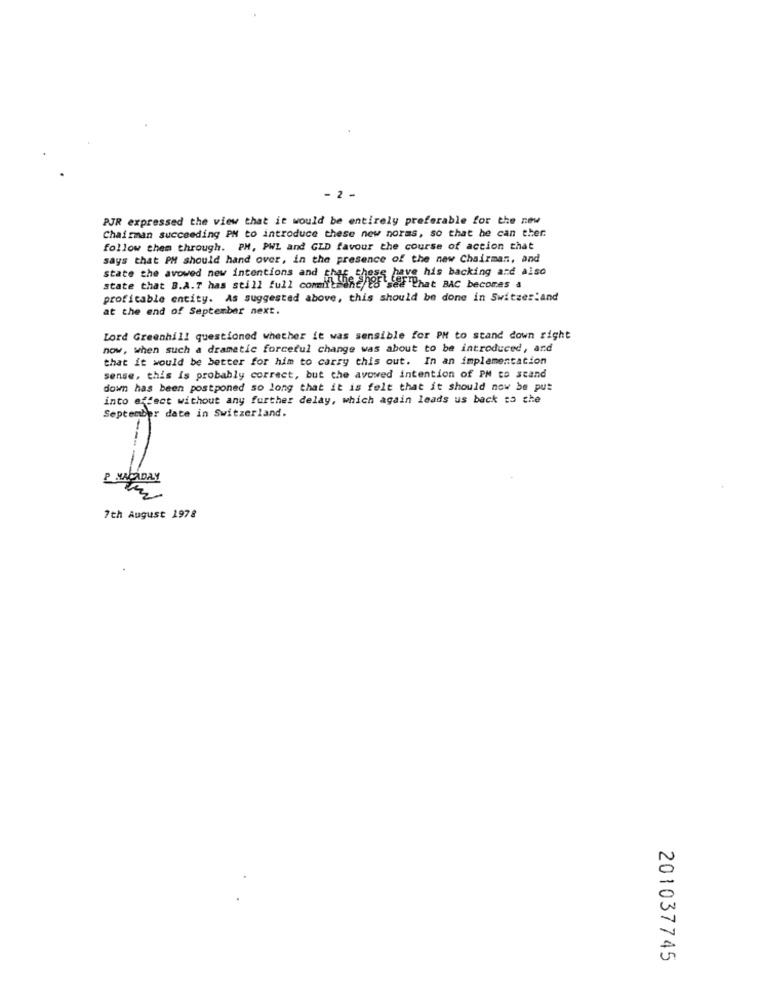
- 2 -
PJR expressed the view that it would be entirely preferable for the new
Chairman succeeding PM to introduce these new norms, so that he can eher.
follow them through. PM, PWL and GLD favour the course of action that
says that PM should hand over, in the presence of the new Chairman, and
have his backing and also
State the avowed new intentions and fhife Spori cerThat BAC becomes a
state that B.A.T has still full comif
profitable encity. As suggested above, this should be done in Switzerland
at the end of September next.
Lord Greenhill questioned whether it was sensible for PM to stand down right
now, when such a dramatic forceful change was about to be introduced, and
that it would be better for him to carry this out. In an implementation
sense, this is probably correct, but the avowed intention of PM to stand
down has been postponed so long that it is felt that it should now be put
into effect without any further delay, which again leads us back to che
September date in Switzerland.
PRACADAY
7th August 1978
201037745